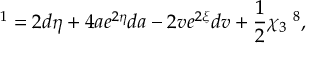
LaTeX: { \bf \tau } ^ { 1 } = 2 d \eta + 4 a e ^ { 2 \eta } d a - 2 v e ^ { 2 \xi } d v + \frac { 1 } { 2 } \chi _ { 3 } { \bf \tau } ^ { 8 } ,